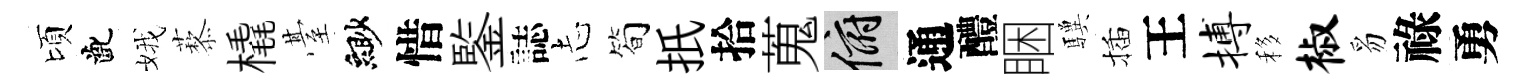
頃齔娥藜橇䑓緲惜鍳誌𢖽简扺拾蒐俯通醴睏驥插王搏移椒豸祿勇